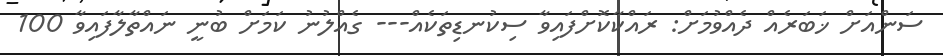
ސަންއަށް ޚަބަރެއް ދެއްވުމަށް: ރައްކާކޮށްފައިވާ ސިކުނޑިތަކެއް--- ގެއްލުނު ކަމަށް ބުނީ ނައްތާލާފައިވާ 100